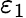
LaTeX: \varepsilon_{1}